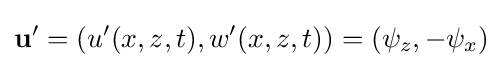
{\textbf {u}}'=(u'(x,z,t),w'(x,z,t))=(\psi _{z},-\psi _{x})